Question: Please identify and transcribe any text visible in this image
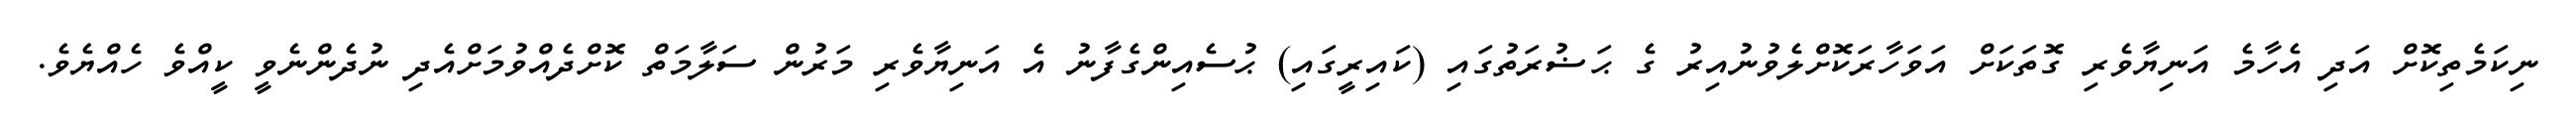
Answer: ނިކަމެތިކޮށް އަދި އެހާމެ އަނިޔާވެރި ގޮތަކަށް އަވަހާރަކޮށްލެވުނުއިރު ގެ ޙަޟުރަތުގައި (ކައިރީގައި) ޙުސެއިންގެފާނު އެ އަނިޔާވެރި މަރުން ސަލާމަތް ކޮށްދެއްވުމަށްއެދި ނުދެންނެވީ ކީއްވެ ހެއްޔެވެ.